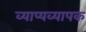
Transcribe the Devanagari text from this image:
व्याप्यव्यापक